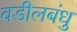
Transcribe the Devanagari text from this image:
वडीलबंधु